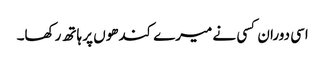
اسی دوران کسی نے میرے کندھوں پر ہاتھ رکھا۔